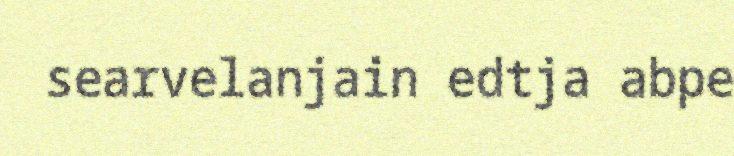
searvelanjain edtja abpe